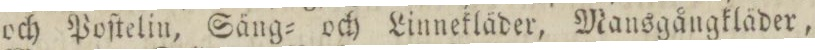
och Poſtelin, Säng= och Linnekläder, Mansgångkläder,